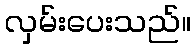
လှမ်းပေးသည်။